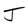
Character: J